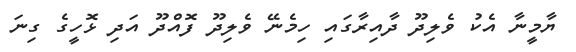
ޔާމީނާ އެކު ވެލިދޫ ދާއިރާގައި ހިމެނޭ ވެލިދޫ ފޮއްދޫ އަދި ޅޮހީގެ ގިނަ